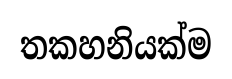
තකහනියක්ම